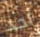
أحد